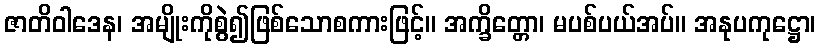
ဇာတိဝါဒေန၊ အမျိုးကိုစွဲ၍ဖြစ်သောစကားဖြင့်။ အက္ခိတ္တော၊ မပစ်ပယ်အပ်။ အနုပကုဋ္ဌော၊